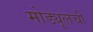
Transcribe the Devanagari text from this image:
मोड्यूलची